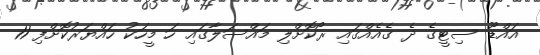
އައްޑޫ ސިޓީގެ ދެ ގެއެއްގައި ރޯކޮށްލި މައްސަލާގައި ހަ މީހަކު ހައްޔަރުކޮށްފި 11